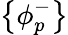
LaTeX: \big\{ \phi_{p}^{-}\big\}